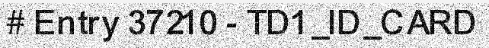
# Entry 37210 - TD1_ID_CARD